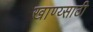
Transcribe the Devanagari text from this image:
खाण्य्साठी